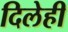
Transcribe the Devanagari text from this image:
दिलेही